Sanitation, dispensaries and jails vaccination Rajputana 1922-1927 - 1922-1927
Year: 1922
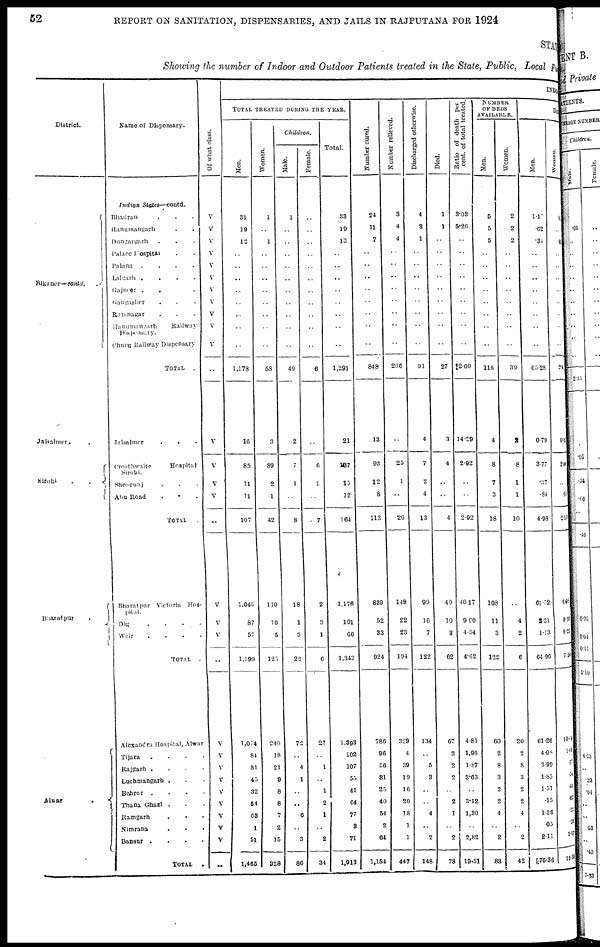
52
REPORT ON SANITATION, DISPENSARIES, AND JAILS IN RAJPUTANA FOR 1924
STAT
Showing the number of Indoor and Outdoor Patients treated in the State, Public, Local fund
District.
Bikaner —contd.
Jaisalmer . .
Sirohi
.
.
.
Bharatpur
.
Alwar
.
Name of Dispensary.
Indian
States—contd.
Bhardran . . .
Hanumangarh . .
Dungargarh . . .
Palace Hospital . . .
Palana
.
.
.
.
Lalgarh .
.
.
.
Gajmer . . .
Gangasher . . .
Ramnagar . . .
Hanumangarh
Railway
Dispensary.
Churu Railway Dispensary
TOTAL
.
Jaisalmer . . .
Crosthwaite
Hospital
Sirohi.
Sheogunj . . .
Abu Road
.
TOTAL .
Bharatpur Victoria Hos¬
pital.
Dig
.
.
.
.
Weir
. . . .
TOTAL
.
Alexandra Hospital, Alwar
Tijara . . . .
Rajgarh . . . .
Luchmangarh . . .
Behror
. . . .
Thana Ghazi . . .
Ramgarh . . . .
Nimrana . . . .
Bansur .
TOTAL
.
Of what class.
V
V
V
V
V
V
V
V
V
V
V
..
V
V
V
V
..
V
V
V
..
V
V
V
V
V
V
V
V
V
..
INDOOR
TOTAL TREATED DURING THE YEAR.
Men.
31
19
12
..
..
..
..
..
..
..
..
1,178
16
85
11
11
107
1,046
87
57
1,190
1,054
84
81
45
32
54
63
1
51
1,465
Women.
1
..
1
..
..
..
..
..
..
..
..
58
3
39
2
1
42
110
10
5
125
240
18
21
9
8
8
7
2
15
328
Children.
Male.
1
..
..
..
..
..
..
..
..
..
..
40
2
7
1
..
8
18
1
3
22
72
..
4
1
..
..
6
..
3
80
Female.
..
..
..
..
..
..
..
..
..
..
..
6
..
6
1
..
7
2
3
1
6
27
..
1
..
1
2
1
..
2
34
Total.
33
19
13
..
..
..
..
..
..
..
..
1,291
21
137
15
12
164
1,176
101
66
1,343
1,393
102
107
55
41
64
77
8
71
1,913
Number cured.
24
11
7
..
..
..
..
..
..
..
..
848
13
93
12
8
113
839
52
33
924
786
96
56
31
25
40
54
2
64
1,154
Number relieved.
3
4
4
..
..
..
..
..
..
..
..
200
..
25
1
26
149
22
23
194
329
4
39
19
16
20
18
1
1
447
Discharged otherwise.
4
3
1
..
..
..
..
..
..
..
..
91
4
7
2
4
13
90
16
7
122
134
..
5
3
..
..
4
..
2
148
Died.
1
1
..
..
..
..
..
..
..
..
..
27
3
4
..
..
4
49
10
3
62
67
2
2
2
..
2
1
..
2
78
Ratio of death per
cent. of total treated.
3.03
5.26
..
..
..
..
..
..
..
..
..
2.09
14.29
2.92
..
..
2.92
40.17
9.90
4.54
4.62
4.81
1,96
1.87
3.63
..
3.12
1,30
..
2,82
19.51
NUMBER
OF BEDS
AVAILABLE.
Men.
5
5
5
..
..
..
..
..
..
..
..
110
4
8
7
3
18
108
11
3
122
60
2
8
3
0
2
4
..
2
83
Women.
2
2
2
..
..
..
..
..
..
..
..
39
2
8
1
1
10
..
4
2
6
20
2
8
3
2
2
4
..
2
43
DIS
Men.
1.17
.62
.31
..
..
..
..
..
..
..
..
65.28
0.79
3.77
.37
.84
4.98
61.52
2.31
1.13
64.96
61.26
4.08
3.99
1.85
1.51
.15
1.36
.05
2.11
70.36
Women.
.02
..
.01
..
..
..
..
..
..
..
..
2.41
0.10
2.04
..
.09
2.13
6.03
0. 30
0.22
7.50
10.04
1.69
.77
.54
.44
.02
.
22
.20
1.17
15.39